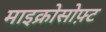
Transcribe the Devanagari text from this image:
माइक्रोसोफ़्ट